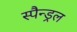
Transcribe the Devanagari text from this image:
स्पैन्ड्रल